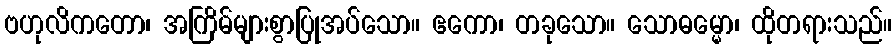
ဗဟုလိကတော၊ အကြိမ်များစွာပြုအပ်သော။ ဧကော၊ တခုသော။ သောဓမ္မော၊ ထိုတရားသည်။